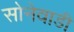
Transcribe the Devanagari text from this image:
सोनेवाडी